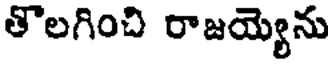
తొలగించి రాజయ్యెను